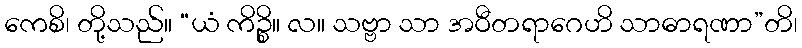
ကေစိ၊ တို့သည်။ “ယံ ကိဉ္စိ။ လ။ သဗ္ဗာ သာ အဝီတရာဂေဟိ သာဓာရဏာ”တိ၊